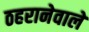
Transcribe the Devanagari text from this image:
ठहरानेवाले